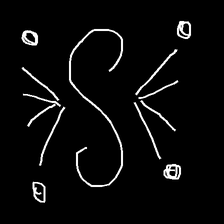
Glyph: aeroform